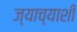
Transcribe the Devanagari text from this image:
ज्याच्याशी